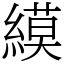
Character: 縸